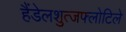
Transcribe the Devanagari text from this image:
हैंडेलशुत्जफ्लोटिले